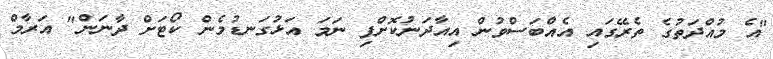
"އެ މުއްދަތުގެ ތެރޭގައި އެއްބަސްވުން އިއާދަނުކޮށްފި ނަމަ އަޅުގަނޑުމެން ކޯޓަށް ދާނަން" އަރާމް